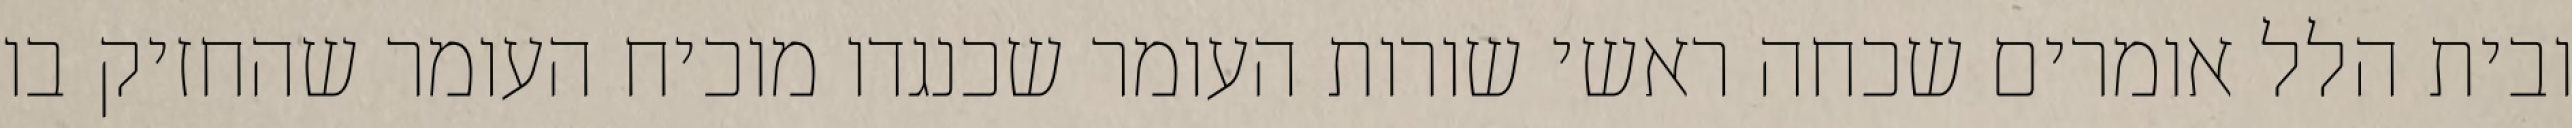
ובית הלל אומרים שכחה ראשי שורות העומר שכנגדו מוכיח העומר שהחזיק בו